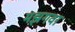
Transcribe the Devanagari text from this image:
मझगवा